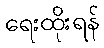
ရေးထိုးရန်